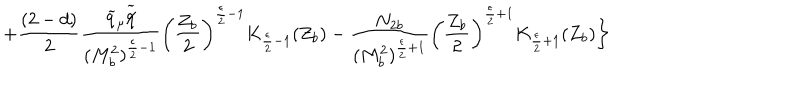
LaTeX: + \frac { ( 2 - d ) } { 2 } \frac { \widetilde { q } _ { \mu } \widetilde { q \hspace { - 0 . 2 0 c m } / } } { ( M _ { b } ^ { 2 } ) ^ { \frac { \epsilon } { 2 } - 1 } } \left( \frac { Z _ { b } } { 2 } \right) ^ { \frac { \epsilon } { 2 } - 1 } K _ { \frac { \epsilon } { 2 } - 1 } ( Z _ { b } ) - \frac { { N _ { 2 b } } } { ( M _ { b } ^ { 2 } ) ^ { \frac { \epsilon } { 2 } + 1 } } \left( \frac { Z _ { b } } { 2 } \right) ^ { \frac { \epsilon } { 2 } + 1 } K _ { \frac { \epsilon } { 2 } + 1 } ( Z _ { b } ) \biggr \}